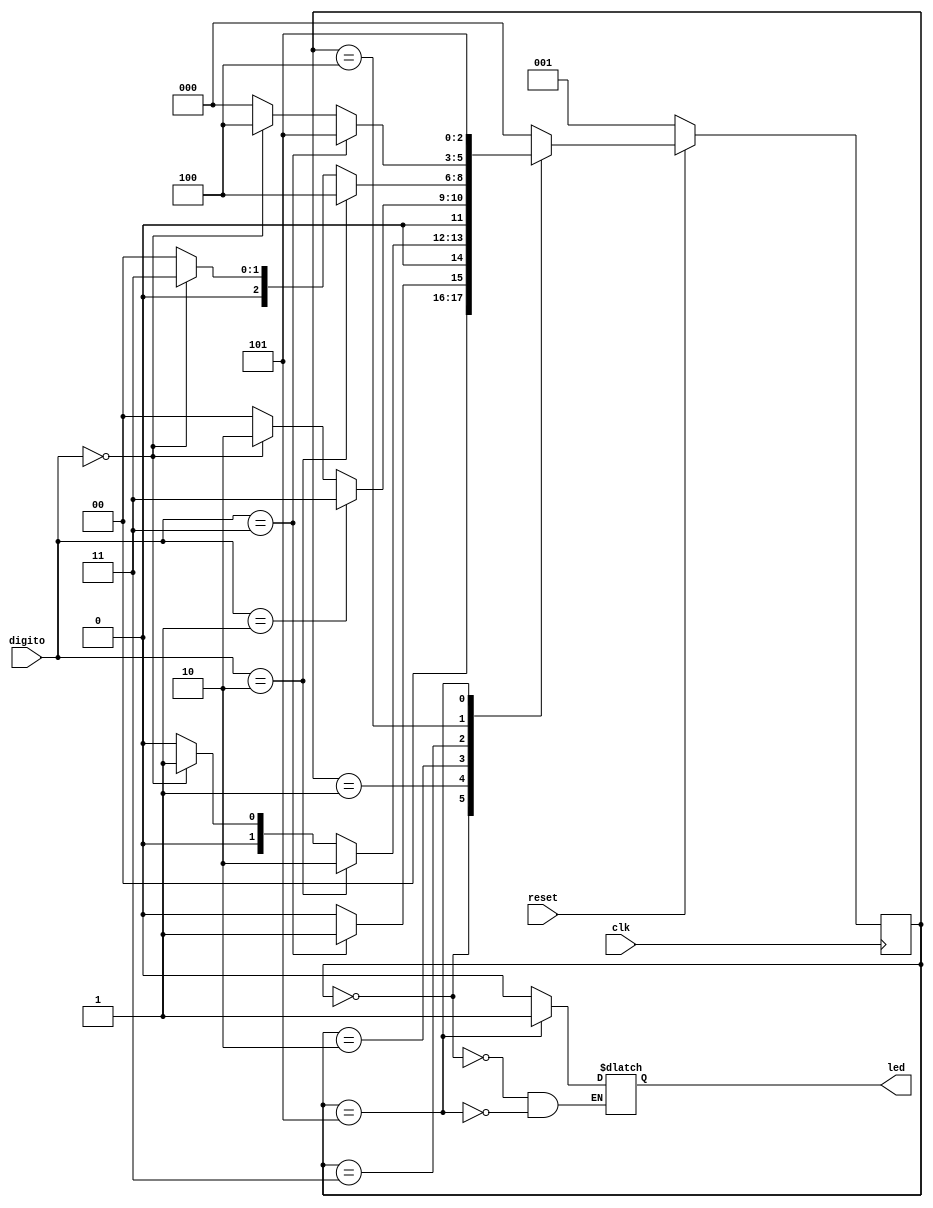
module cofre_behavorial(
    input clk,
    input reset,
    input [1:0] digito,
    output reg led
);
//Declaracao dos estados da maquina de Moore de 6 estados
localparam INICIAL = 3'b000; //Estado Inicial  e espera por C
localparam C = 3'b001;  //Estado de espera para o digito B
localparam CB = 3'b010; //Estado de espera para o digito A
localparam CBA = 3'b011; //Estado de espera para o digito B
localparam CBAB = 3'b100; //Estado de espera para o digito C
localparam CBABC = 3'b101; //Cofre desbloqueado
//registadores do estado da maquina
reg [2:0] q_state = INICIAL;
reg [2:0] nx_q_state = INICIAL;
//flip flop D para os registradores com Clock de borda de subida e reset em 0
always @(posedge clk) begin
    if(reset == 1'b1) begin 
    	q_state = nx_q_state;
    end
    else begin
    	q_state = C;
	end
end
//Maquina de estados 
always @* begin
    case (q_state)
        INICIAL: 
        begin
            //LED apagado
            led = 1'b0;
            //Digito correto =  C
            if(digito == 2'b11) begin
                nx_q_state = C;
            end
            //Qualquer outro fica o estado 000
            else begin
                nx_q_state = INICIAL;
            end
        end
        C:
            begin
                //Digito correto =  B
                if(digito == 2'b10) begin
                    nx_q_state = CB;
                end
                //Digito = 00 fica no estado
                else if(digito == 2'b00) begin
                    nx_q_state = C;
                end
                //Outro digito retorna ao estado inicial
                else begin
                    nx_q_state = INICIAL;
                end
            end
        CB:
            begin
                //Digito correto = A
                if(digito == 2'b01) begin
                    nx_q_state = CBA;
                end
                //Digito = 00 mantem estado
                else if(digito == 2'b00) begin
                    nx_q_state = CB;
                end
                //Outro digito retorna ao estado inicial
                else begin
                    nx_q_state = INICIAL;
                end
            end
        CBA:
            begin
                //Digito correto = B
                if(digito == 2'b10) begin
                    nx_q_state = CBAB;
                end
                //Digito = 00 mantem estado
                else if(digito == 2'b00) begin
                    nx_q_state = CBA;
                end
                //Outro digito retorna ao estado incial
                else begin
                    nx_q_state = INICIAL;
                end
            end
        CBAB:
            begin
                //Digito correto = C
                if(digito == 2'b11) begin
                    nx_q_state = CBABC;
                end
                //Digito = 00 mantem o estado
                else if(digito == 2'b00) begin
                    nx_q_state = CBAB;
                end
                //Outro digito retorna o estado inicial
                else begin
                    nx_q_state = INICIAL;
                end
            end
        CBABC:
            begin
                //Mantem o estado de desbloqueio do cofre ate um reset
                nx_q_state = CBABC;
                //LED Acesso
                led = 1'b1;
            end
        default: 
            //Em caso de falhas de seguranca retorna o estado inicial
            nx_q_state = INICIAL;
    endcase
end 
endmodule